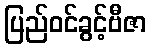
ပြည်ဝင်ခွင့်ဗီဇာ